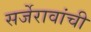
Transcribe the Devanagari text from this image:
सर्जेरावांची